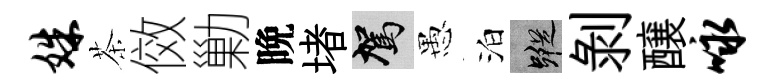
姝茶傚勦晩堵駕愚泊蹤剥醸咏